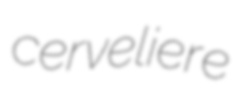
cerveliere